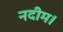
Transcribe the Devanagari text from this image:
नदीम।